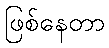
ဖြစ်နေတာ